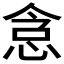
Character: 𫺐